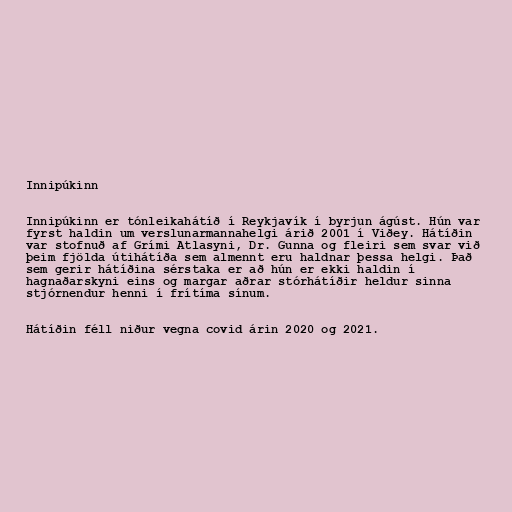
Innipúkinn

Innipúkinn er tónleikahátíð í Reykjavík í byrjun ágúst. Hún var
fyrst haldin um verslunarmannahelgi árið 2001 í Viðey. Hátíðin
var stofnuð af Grími Atlasyni, Dr. Gunna og fleiri sem svar við
þeim fjölda útihátíða sem almennt eru haldnar þessa helgi. Það
sem gerir hátíðina sérstaka er að hún er ekki haldin í
hagnaðarskyni eins og margar aðrar stórhátíðir heldur sinna
stjórnendur henni í frítíma sínum.

Hátíðin féll niður vegna covid árin 2020 og 2021.